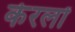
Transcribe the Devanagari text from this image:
केरलों